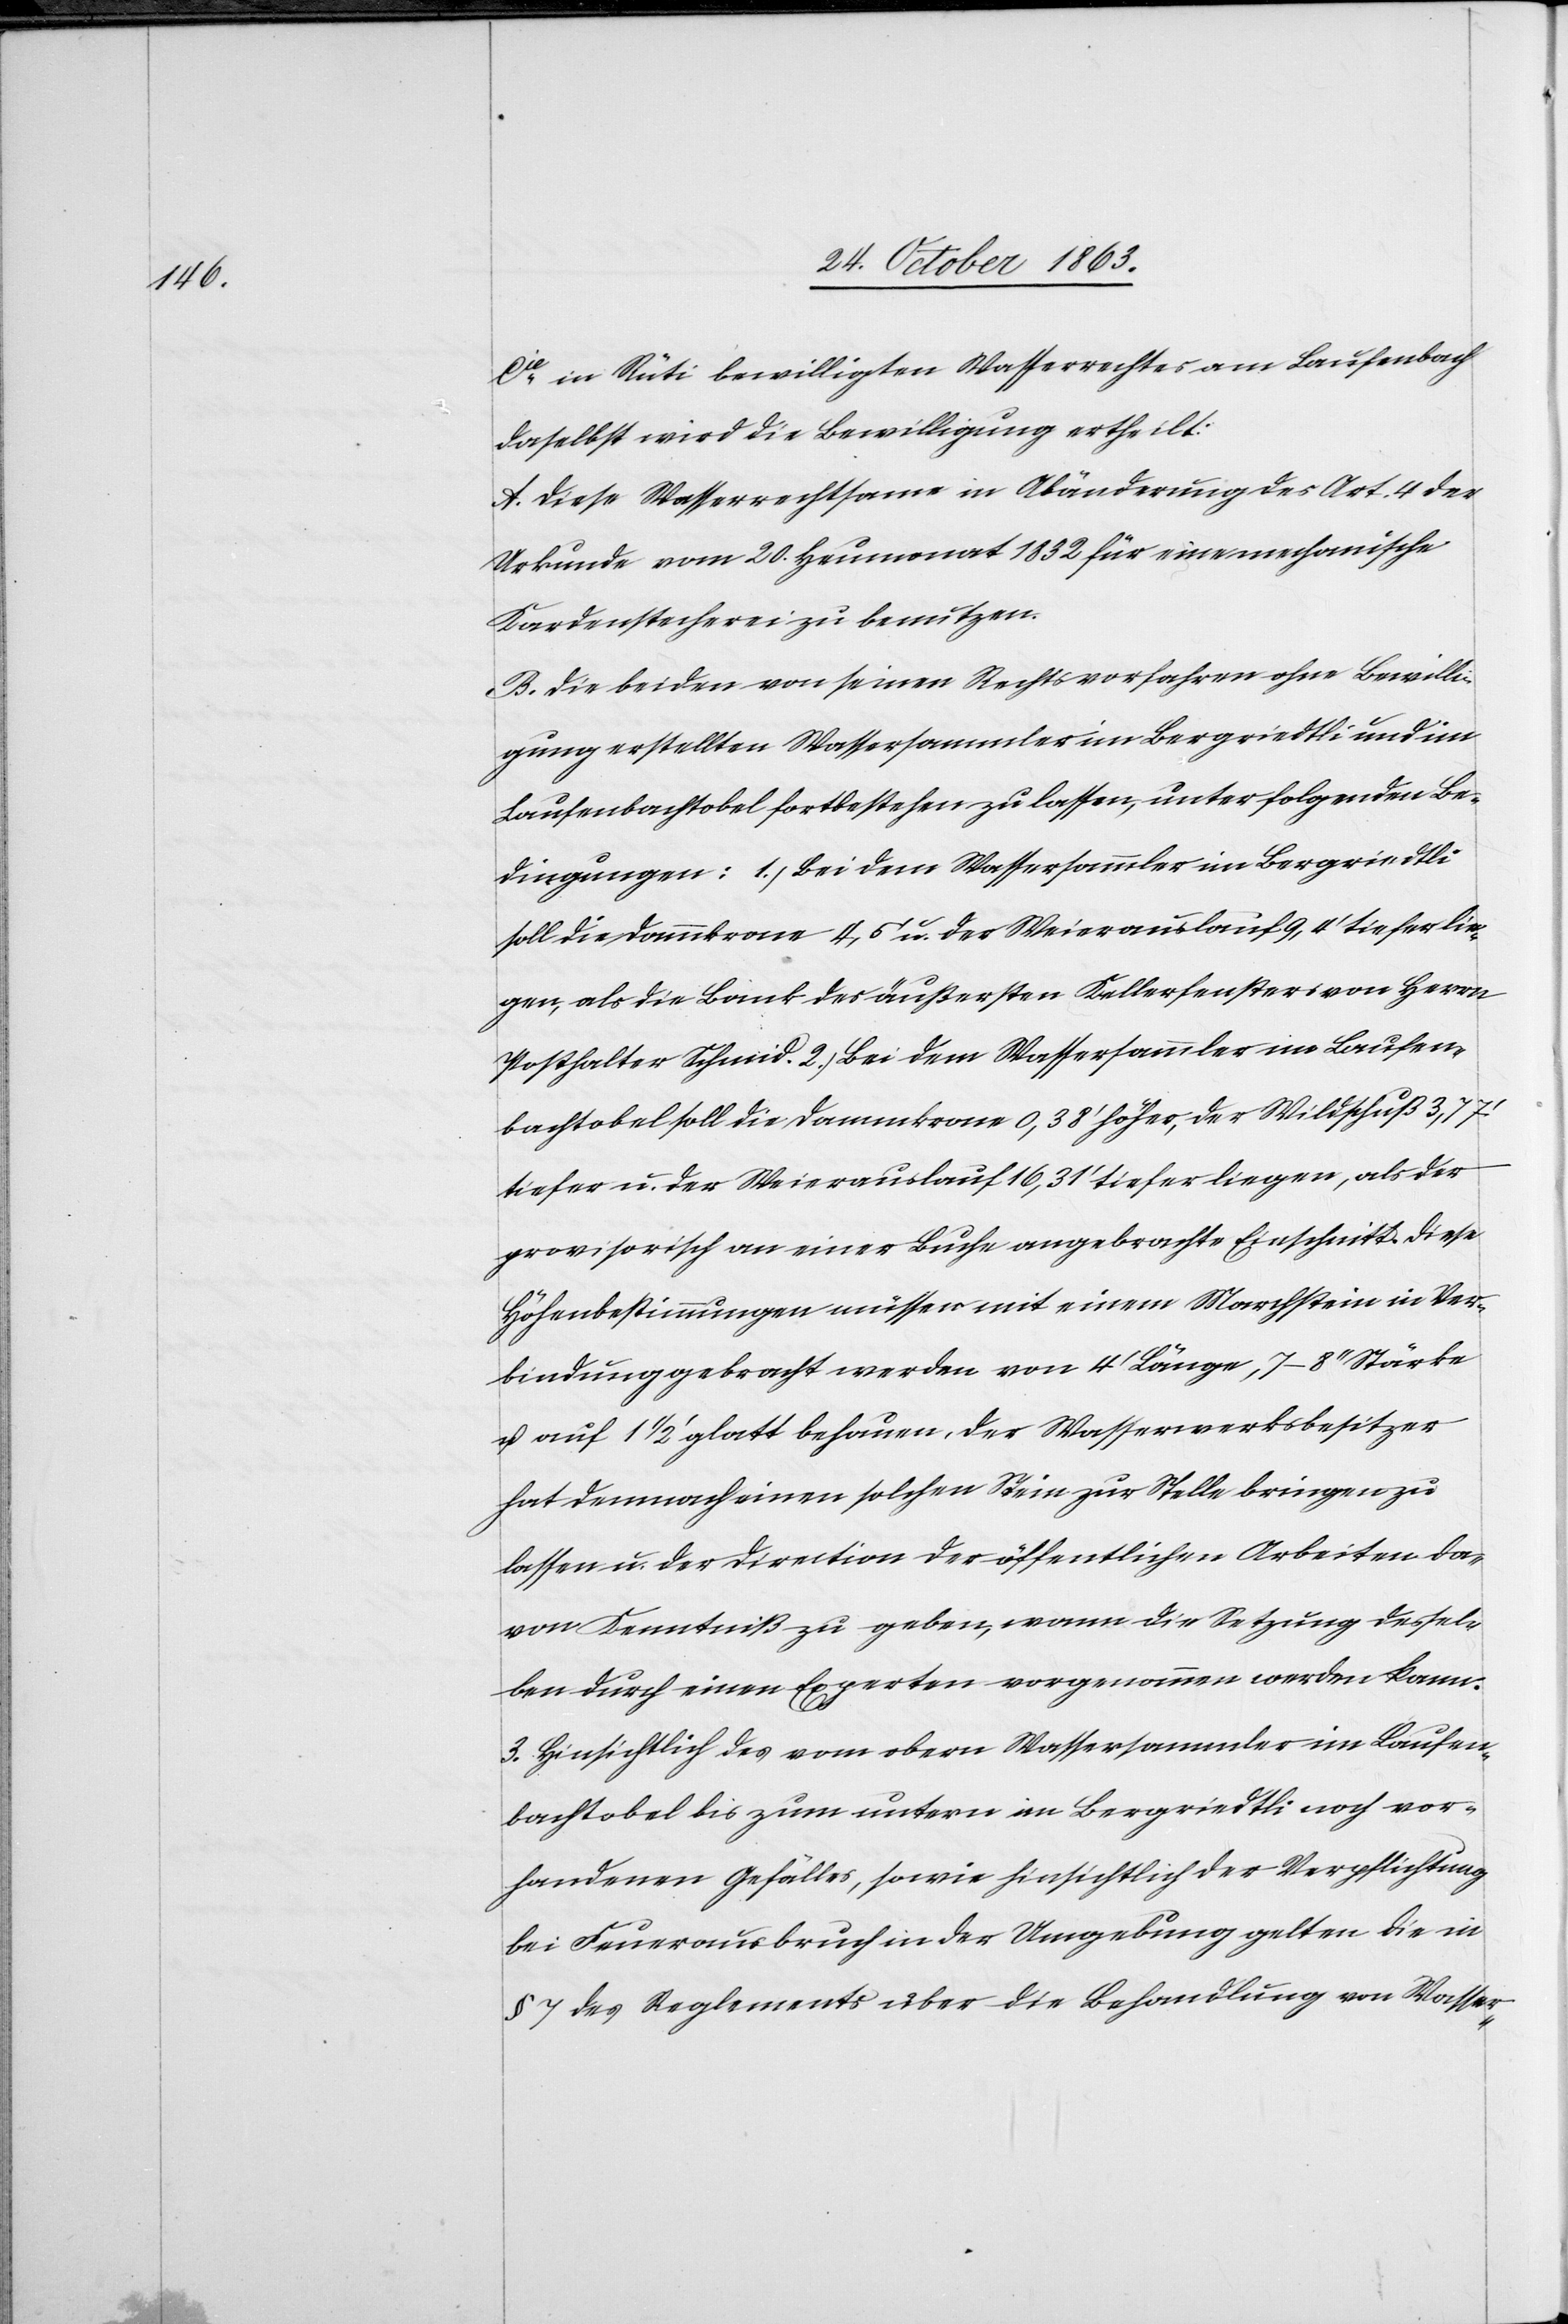
Laufen¬

Cie in Rüti bewilligten Wasserrechtes am Laufenbach
daselbst wird die Bewilligung ertheilt:
A. diese Wasserrechtsame in Abänderung des Art. 4 der
Urkunde vom 20. Heumonat 1832 für eine mechanische
Kardenstecherei zu benutzen.
B. die beiden von seinen Rechtsvorfahren ohne Bewilli¬
gung erstellten Wassersammler im Bergriedtli und im
Laufenbachtobel fortbestehen zu lassen, unter folgenden
soll die Dammkrone 4,5' u. der Weierauslauf 9,4' tiefer lie¬
gen, als die Bank des äußersten Kellerfensters von Herrn
bachtobel soll die Dammkrone 0,38' höher, der Wildschuß 3,77'
tiefer u. der Weierauslauf 16,31' tiefer liegen, als der
provisorisch an einer Buche angebrachte Einschnitt. Diese
Höhenbestimmungen müssen mit einem Marchstein in Ver¬
bindung gebracht werden von 4' Länge, 7–8'' Stärke
u. auf 1 1/2' glatt behauen, der Wasserwerksbesitzer
hat demnach einen solchen Stein zur Stelle bringen zu
lassen u. der Direction der öffentlichen Arbeiten da¬
von Kenntniß zu geben, wann die Setzung dessel¬
ben durch einen Experten vorgenommen werden kann.
3. Hinsichtlich des vom obern Wassersammler im Laufen¬
bachtobel bis zum untern im Bergriedtli noch vor¬
handenen Gefälles, sowie hinsichtlich der Verpflichtung
bei Feuerausbruch in der Umgebung gelten die in
§ 7 des Reglements über die Behandlung von Wasser-